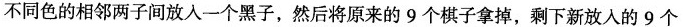
不同色的相邻两子间放入一个黑子，然后将原来的9个棋子拿掉，剩下新放入的9个